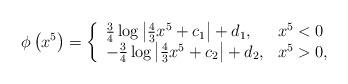
LaTeX: \begin{align*}\phi \left( x^5\right) =\left\{ \begin{array}{l l} \frac{3}{4}\log\left|\frac{4}{3}x^5 + c_1\right| + d_1, & x^5 < 0\\ -\frac{3}{4}\log\left|\frac{4}{3}x^5 + c_2\right| + d_2, & x^5 >0 , \end{array} \right.\end{align*}